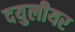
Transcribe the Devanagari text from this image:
दयुलीयर